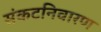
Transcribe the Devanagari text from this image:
संकटनिवारण